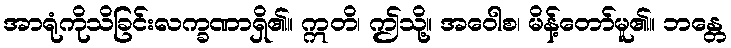
အာရုံကိုသိခြင်းလက္ခဏာရှိ၏။ ဣတိ၊ ဤသို့။ အဝေါစ၊ မိန့်တော်မူ၏။ ဘန္တေ